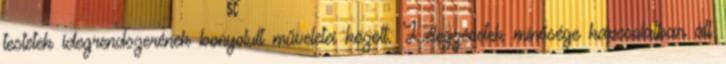
testetek idegrendszerének bonyolult műveletei között. Lélegzésetek minősége kapcsolatban áll